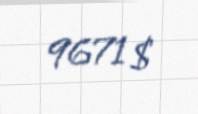
9671 $